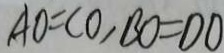
A O = C O , B O = D O